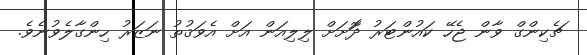
ޗެކިންގް ވާން ޖެހޭ ކައުންޓަރު ދޮަށަށް ލިލިއަން އަށް އެވަޤުތު ނަޒަރު ހިންގާލެވުނެވެ.